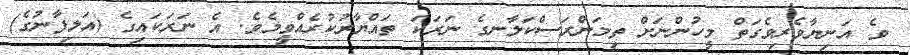
ވެ އަނިޔާވެރިވެގަތް މީހުންނަށް ތިމަންރަސްކަލާނގެ ނަރަކަ ތައްޔާރުކުރެއްވީމެވެ. އެ ނަރަކައިގެ (އަލިފާނުގެ)